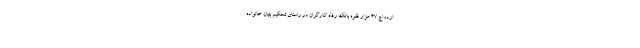
ازدواج 47 هزار فقره بانک رفاه کارگران در راستای تحکیم بنیان خانواده